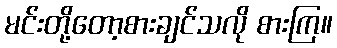
မင်းတို့တော့စားချင်သလို စားကြ။